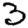
Digit: 3